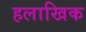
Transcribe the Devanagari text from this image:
हलाखिक